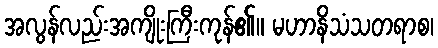
အလွန်လည်းအကျိုးကြီးကုန်၏။ မဟာနိသံသတရာစ၊